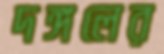
দঙ্গলের